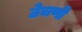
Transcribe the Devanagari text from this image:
ठेचणी